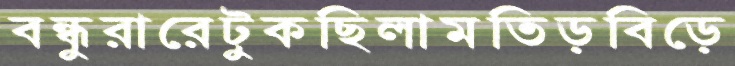
বন্ধুরারেটুকছিলামতিড়বিড়ে